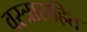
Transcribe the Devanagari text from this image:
वस्त्रासहित